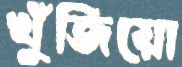
খুঁজিয়ো